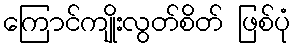
ကြောင်ကျိုးလွတ်စိတ် ဖြစ်ပုံ